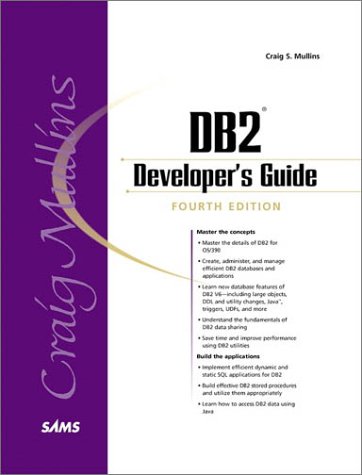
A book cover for DB2 Developer's Guide; Craig S. Mullins; Computers & Technology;